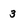
Character: 3